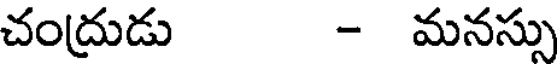
చంద్రుడు - మనస్సు